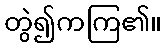
တွဲ၍ကကြ၏။